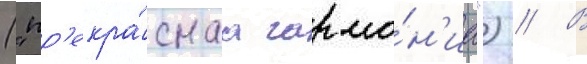
("пр'екра́снаа гармо́н'иа") // В